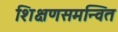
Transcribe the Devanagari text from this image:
शिक्षणसमन्वित